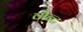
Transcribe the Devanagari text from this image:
वौन्ट